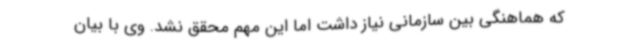
که هماهنگی بین سازمانی نیاز داشت اما این مهم محقق نشد. وی با بیان